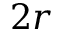
2 r